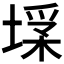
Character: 𡎽